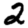
Digit: 2